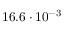
1 6 . 6 \cdot 1 0 ^ { - 3 }